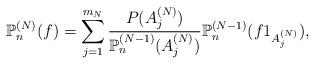
LaTeX: \begin{align*}\mathbb{P}_{n}^{(N)}(f)=\sum_{j=1}^{m_{N}}\frac{P(A_{j}^{(N)})}{\mathbb{P}_{n}^{(N-1)}(A_{j}^{(N)})}\mathbb{P}_{n}^{(N-1)}(f1_{A_{j}^{(N)}}),\end{align*}